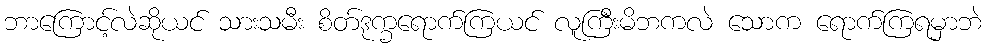
ဘာကြောင့်လဲဆိုယင် သားသမီး စိတ်ဒုက္ခရောက်ကြယင် လူကြီးမိဘကလဲ သောက ရောက်ကြရမှာဘဲ